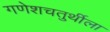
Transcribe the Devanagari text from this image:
गणेशचतुर्थीला